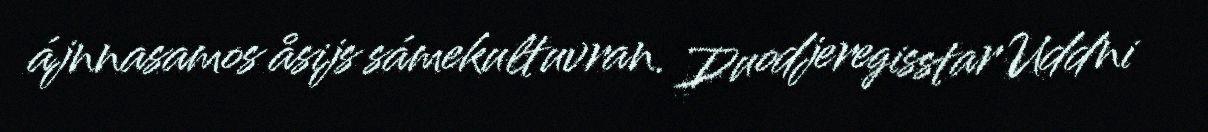
ájnnasamos åsijs sámekultuvran. Duodjeregisstar Uddni